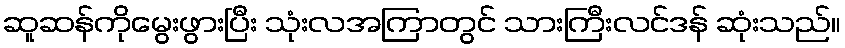
ဆူဆန်ကိုမွေးဖွားပြီး သုံးလအကြာတွင် သားကြီးလင်ဒန် ဆုံးသည်။